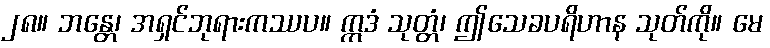
၂၈။ ဘန္တေ၊ အရှင်ဘုရားကဿပ။ ဣဒံ သုတ္တံ၊ ဤသေခပရိဟာန သုတ်ကို။ မေ